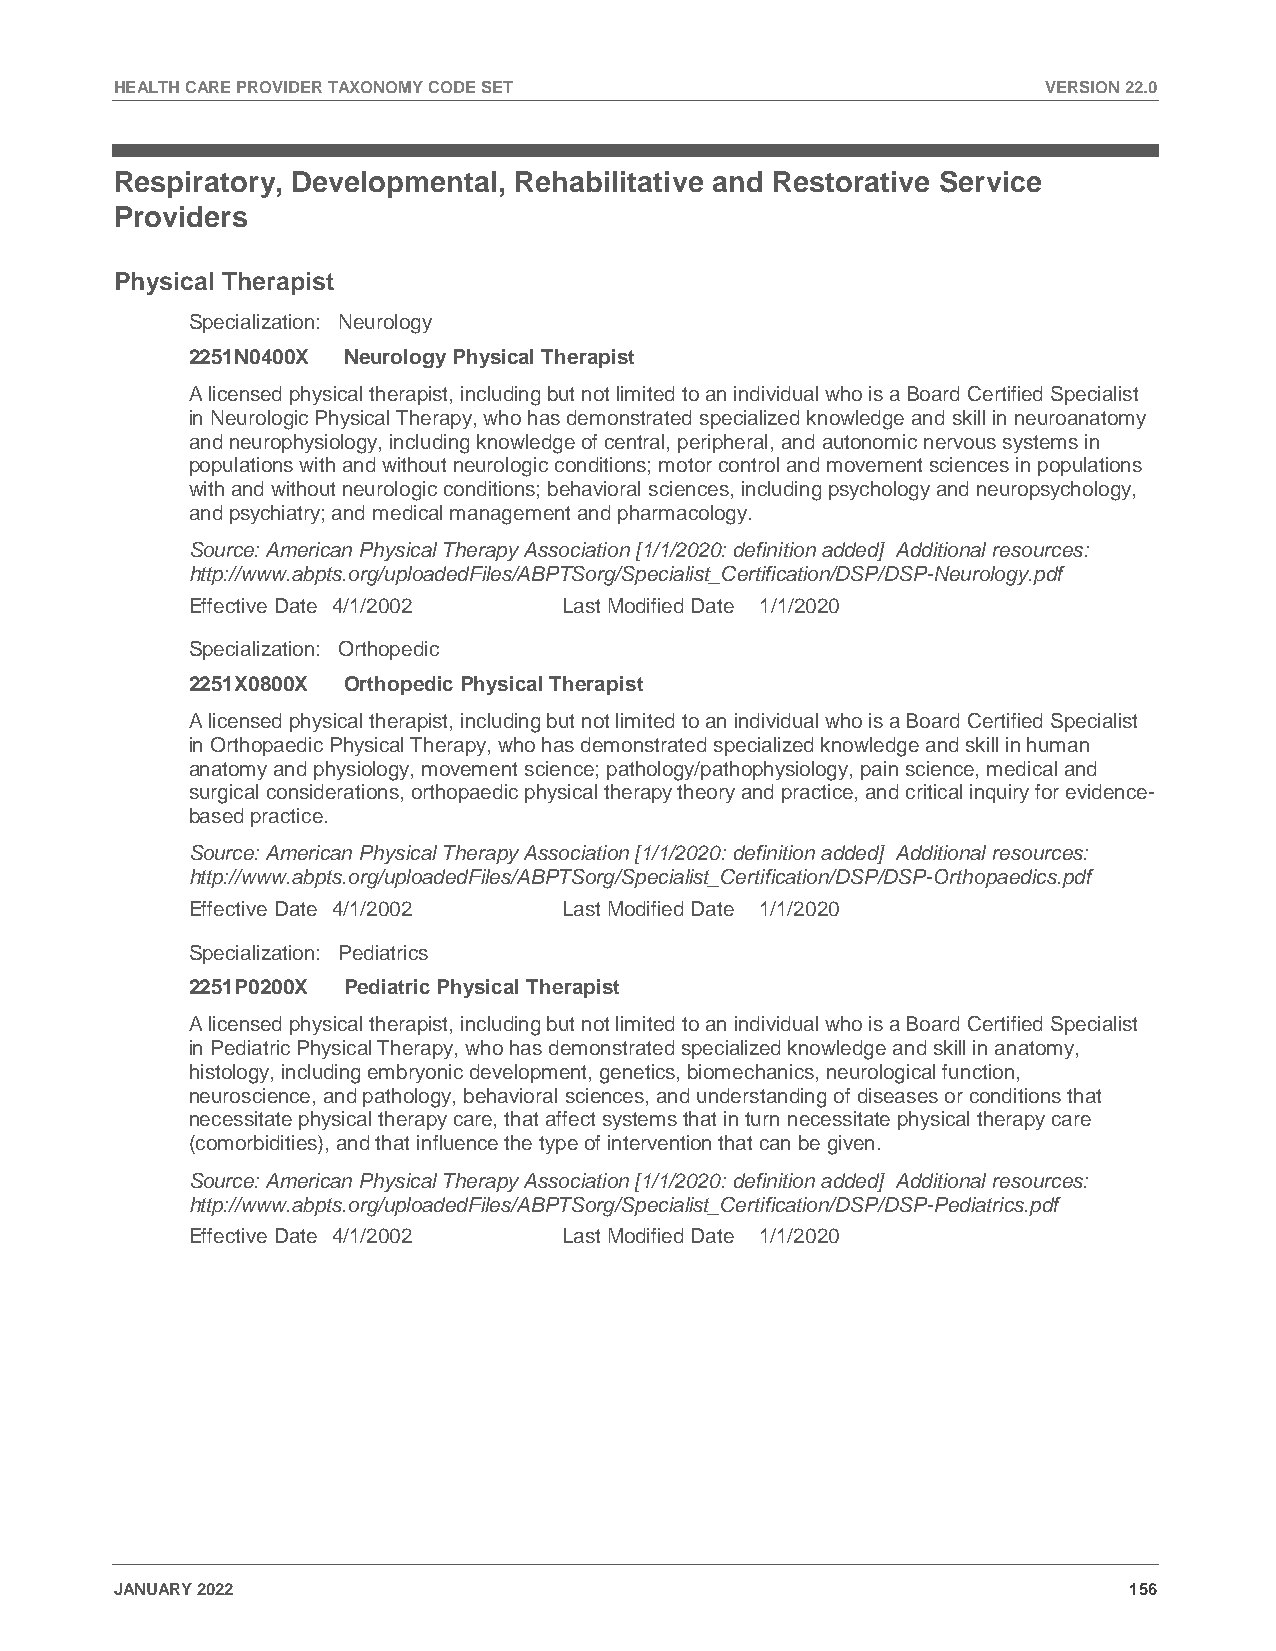
HEALTH CARE PROVIDER TAXONOMY CODE SET                       VERSION 22.0
 Respiratory, Developmental, Rehabilitative and Restorative Service
 Providers
 Physical Therapist
 Specialization: Neurology
 2251N0400X Neurology Physical Therapist
 A licensed physical therapist, including but not limited to an individual who is a Board Certified Specialist
 in Neurologic Physical Therapy, who has demonstrated specialized knowledge and skill in neuroanatomy
 and neurophysiology, including knowledge of central, peripheral, and autonomic nervous systems in
 populations with and without neurologic conditions; motor control and movement sciences in populations
 with and without neurologic conditions; behavioral sciences, including psychology and neuropsychology,
 and psychiatry; and medical management and pharmacology.
 Source: American Physical Therapy Association [1/1/2020: definition added] Additional resources:
 http://www.abpts.org/uploadedFiles/ABPTSorg/Specialist_Certification/DSP/DSP-Neurology.pdf
 Effective Date 4/1/2002  Last Modified Date 1/1/2020
 Specialization: Orthopedic
 2251X0800X Orthopedic Physical Therapist
 A licensed physical therapist, including but not limited to an individual who is a Board Certified Specialist
 in Orthopaedic Physical Therapy, who has demonstrated specialized knowledge and skill in human
 anatomy and physiology, movement science; pathology/pathophysiology, pain science, medical and
 surgical considerations, orthopaedic physical therapy theory and practice, and critical inquiry for evidence-
 based practice.
 Source: American Physical Therapy Association [1/1/2020: definition added] Additional resources:
 http://www.abpts.org/uploadedFiles/ABPTSorg/Specialist_Certification/DSP/DSP-Orthopaedics.pdf
 Effective Date 4/1/2002  Last Modified Date 1/1/2020
 Specialization: Pediatrics
 2251P0200X Pediatric Physical Therapist
 A licensed physical therapist, including but not limited to an individual who is a Board Certified Specialist
 in Pediatric Physical Therapy, who has demonstrated specialized knowledge and skill in anatomy,
 histology, including embryonic development, genetics, biomechanics, neurological function,
 neuroscience, and pathology, behavioral sciences, and understanding of diseases or conditions that
 necessitate physical therapy care, that affect systems that in turn necessitate physical therapy care
 (comorbidities), and that influence the type of intervention that can be given.
 Source: American Physical Therapy Association [1/1/2020: definition added] Additional resources:
 http://www.abpts.org/uploadedFiles/ABPTSorg/Specialist_Certification/DSP/DSP-Pediatrics.pdf
 Effective Date 4/1/2002  Last Modified Date 1/1/2020
 JANUARY 2022                                                       156